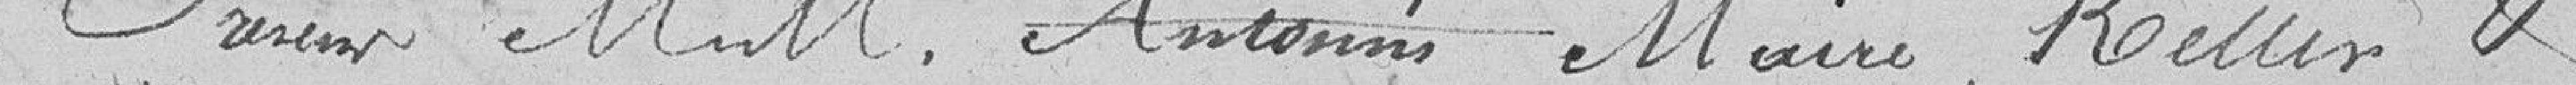
Présents MM. Antonin, Maire, Keller &